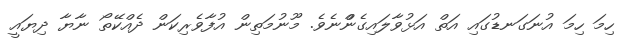
ހިމަ ހިމަ އުނަގަނޑުގައި އަތް އަޅުވާލައިގެންްނެވެ. މޫނުމަތިން އުފާވެރިކަން ދެއްކޭތޯ ނާޔާ ދިޔައީ